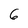
Character: 6